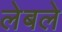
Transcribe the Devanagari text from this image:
लेबले